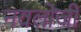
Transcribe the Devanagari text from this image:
नवलोजी